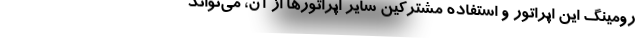
رومینگ این اپراتور و استفاده مشترکین سایر اپراتورها از آن، می‌تواند